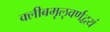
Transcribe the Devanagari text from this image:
क्लीबमृऌवर्णद्वयं